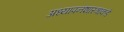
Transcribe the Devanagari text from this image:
अध्यापनशास्त्राकडे